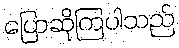
ပြောဆိုကြပါသည်